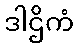
ဒါဌိကံ